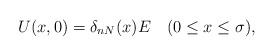
LaTeX: \begin{align*}U(x,0)=\delta_{nN}(x) E\ \ \ (0\leq x\leq\sigma),\end{align*}